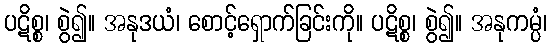
ပဋိစ္စ၊ စွဲ၍။ အနုဒယံ၊ စောင့်ရှောက်ခြင်းကို။ ပဋိစ္စ၊ စွဲ၍။ အနုကမ္ပံ၊